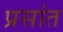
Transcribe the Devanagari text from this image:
प्रसांत